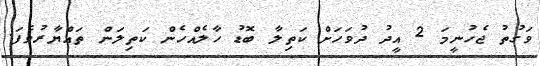
ވަގުތު ޖެހުނީމަ 2 އީދު ދުވަހަށް ކަތިލާ ބޮޑު ހާލެއްހެން ކަތިލަން ތައްޔާރުވެފަ.